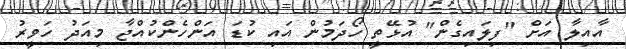
އާއިލާ އަށް "ފިލައިގެން" އުޅޭތީ ހޯދަމުން އައި ކުޑަ އަންހެންކުއްޖާ މިއަދު ހަވީރު